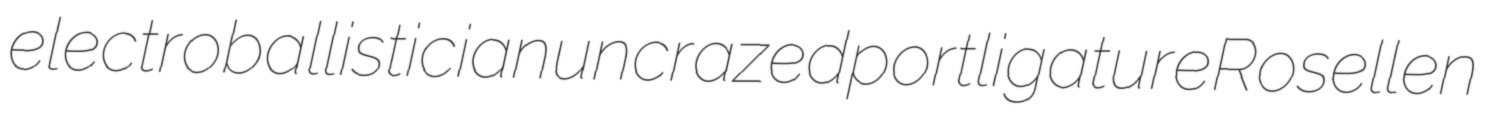
electroballistician uncrazed portligature Rosellen